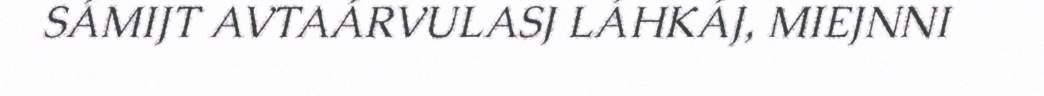
SÁMIJT AVTAÁRVULASJ LÁHKÁJ, MIEJNNI